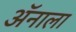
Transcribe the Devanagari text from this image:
ॲनाला